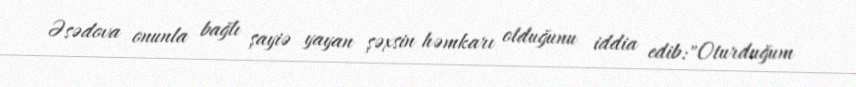
Əsədova onunla bağlı şayiə yayan şəxsin həmkarı olduğunu iddia edib:"Oturduğum